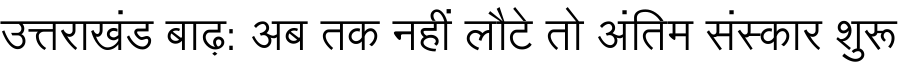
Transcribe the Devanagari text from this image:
उत्तराखंड बाढ़: अब तक नहीं लौटे तो अंतिम संस्कार शुरू